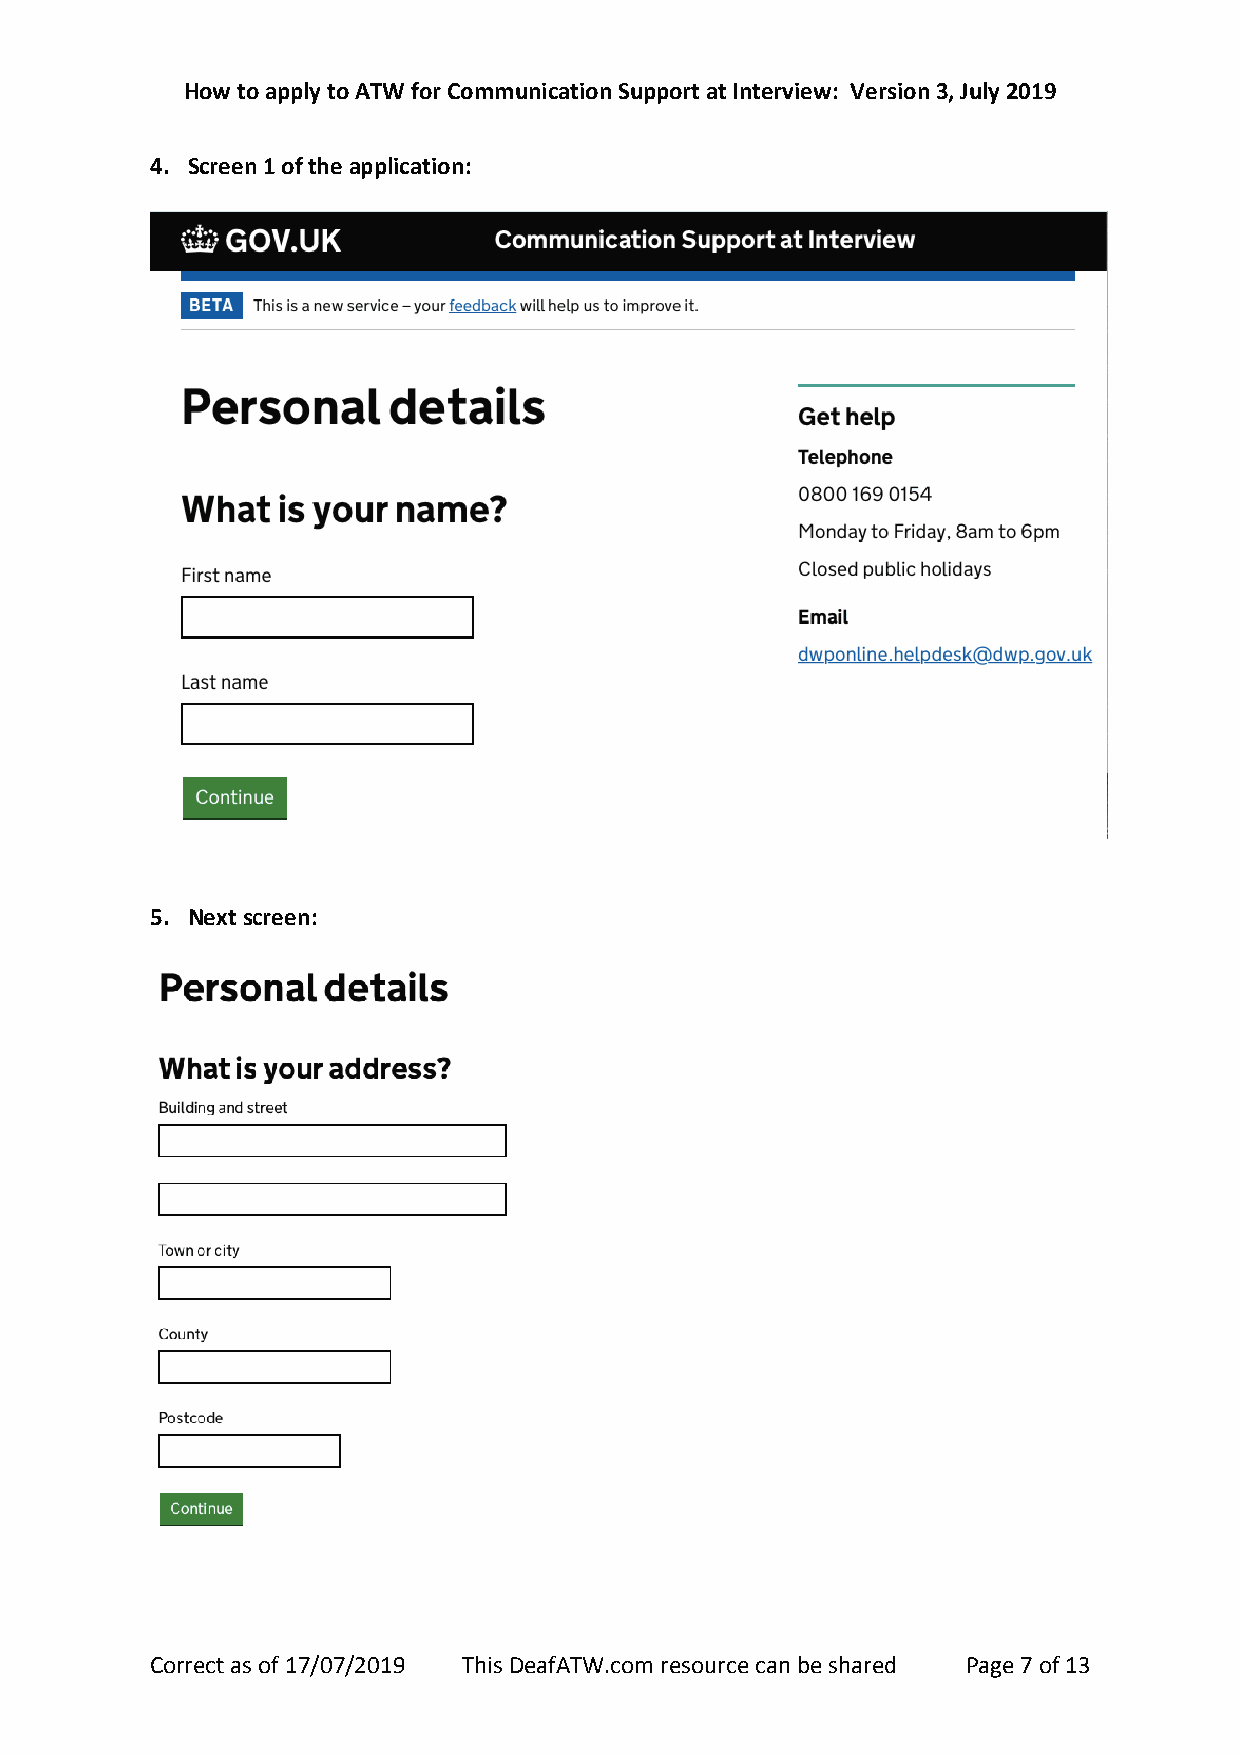
How to apply to ATW for Communication Support at Interview: Version 3, July 2019
 4. Screen 1 of the application:
 5. Next screen:
 Correct as of 17/07/2019 This DeafATW.com resource can be shared Page 7 of 13